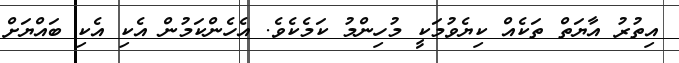
އިތުރު އާޔަތް ތަކެއް ކިޔެވުމަކީ މުހިންމު ކަމެކެވެ. އެހެންކަމުން އެކި އެކި ބައްޔަށް